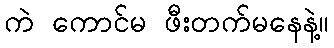
ကဲ ကောင်မ ဖီးတက်မနေနဲ့။